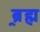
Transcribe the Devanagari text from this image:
ब्र्रह्म